342_HS1-416511228_319.1 Flying Discs 1949
Agency: Department of War
Incident date: 1/9/50
Page 34
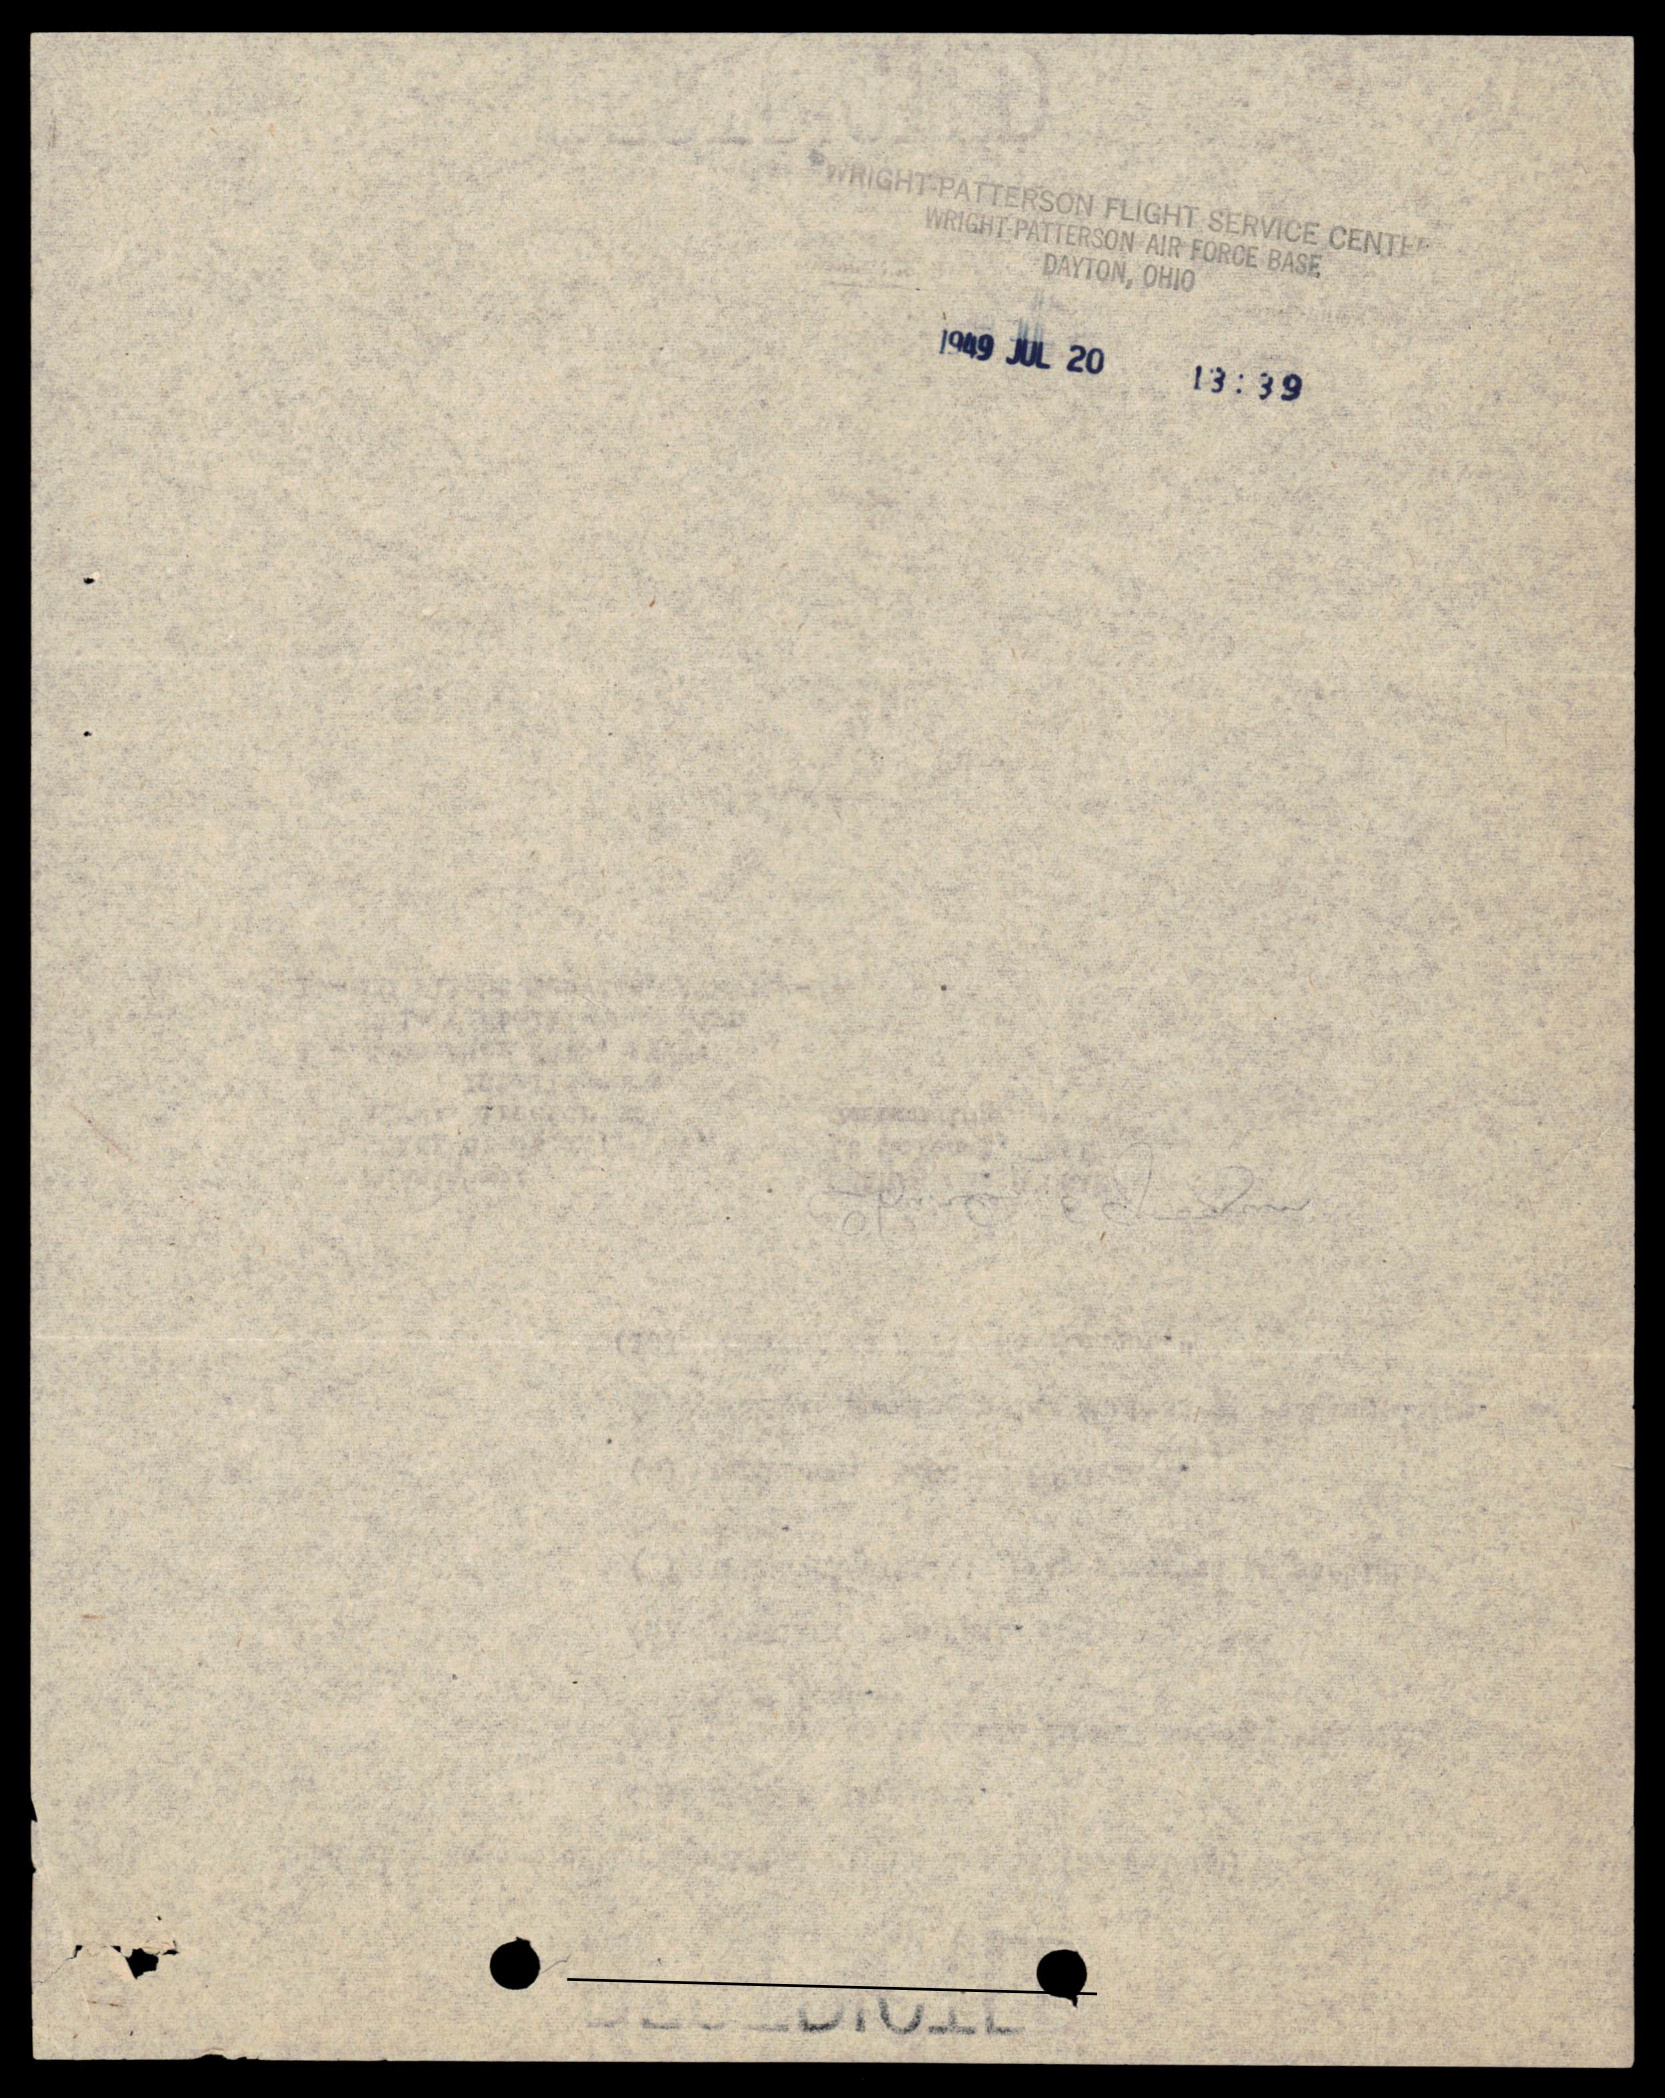